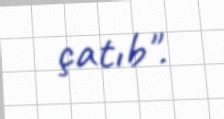
çatıb".